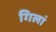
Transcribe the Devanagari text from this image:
गिलां